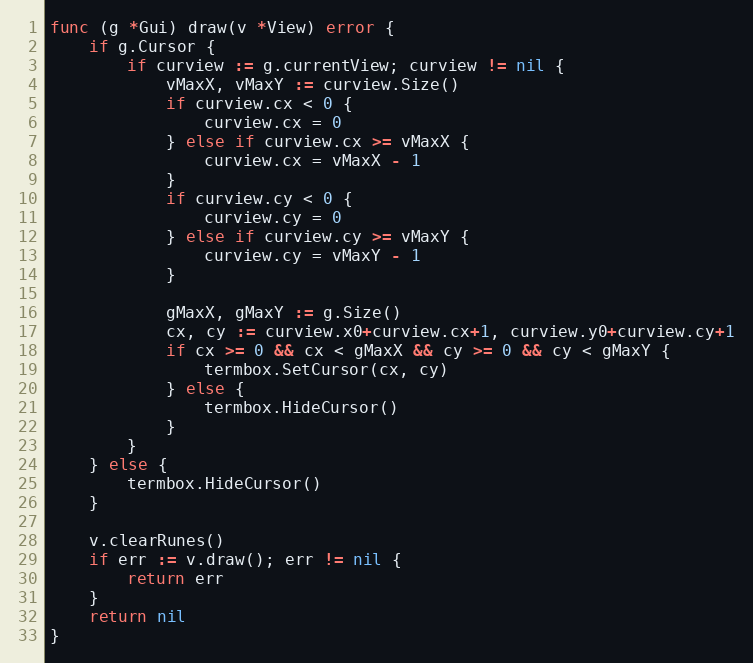
Language: Go
func (g *Gui) draw(v *View) error {
	if g.Cursor {
		if curview := g.currentView; curview != nil {
			vMaxX, vMaxY := curview.Size()
			if curview.cx < 0 {
				curview.cx = 0
			} else if curview.cx >= vMaxX {
				curview.cx = vMaxX - 1
			}
			if curview.cy < 0 {
				curview.cy = 0
			} else if curview.cy >= vMaxY {
				curview.cy = vMaxY - 1
			}

			gMaxX, gMaxY := g.Size()
			cx, cy := curview.x0+curview.cx+1, curview.y0+curview.cy+1
			if cx >= 0 && cx < gMaxX && cy >= 0 && cy < gMaxY {
				termbox.SetCursor(cx, cy)
			} else {
				termbox.HideCursor()
			}
		}
	} else {
		termbox.HideCursor()
	}

	v.clearRunes()
	if err := v.draw(); err != nil {
		return err
	}
	return nil
}